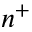
n ^ { + }